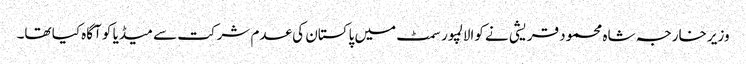
وزیر خارجہ شاہ محمود قریشی نے کوالالمپور سمٹ میں پاکستان کی عدم شرکت سے میڈیا کو آگاہ کیا تھا۔